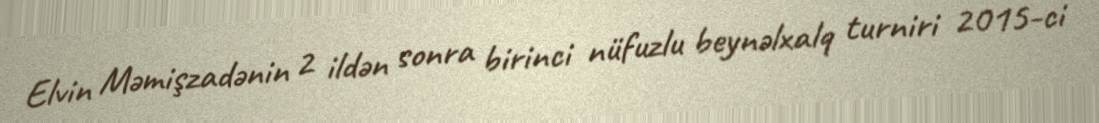
Elvin Məmişzadənin 2 ildən sonra birinci nüfuzlu beynəlxalq turniri 2015-ci